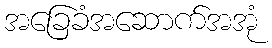
အခြေခံအဆောက်အအုံ